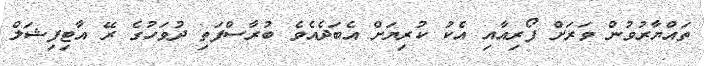
ތައްޔާރުވުން ވަރަށް ފޯރިއާއި އެކު ކުރިޔަށް އެބަދެއެވެ ބުރާސްފަތި ދުވަހުގެ ރޭ އާޓިފިޝަލް